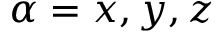
\alpha = x , y , z